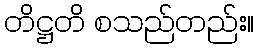
တိဋ္ဌတိ စသည်တည်း။